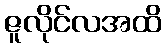
ဇူလိုင်လအထိ